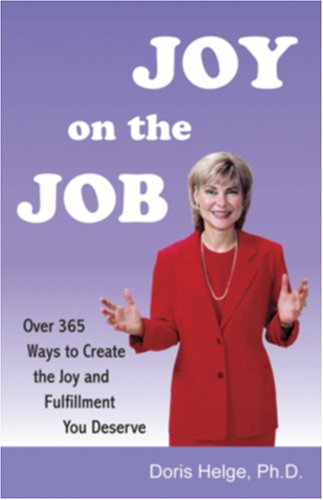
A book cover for Joy on the Job . . . . Over 365 Ways to Create the Joy and Fulfillment You Deserve; Doris I. Helge; Business & Money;